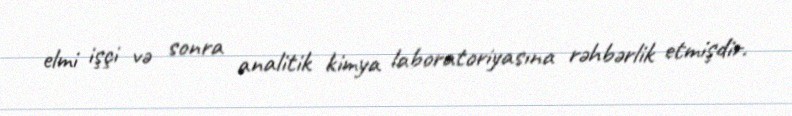
elmi işçi və sonra analitik kimya laboratoriyasına rəhbərlik etmişdir.